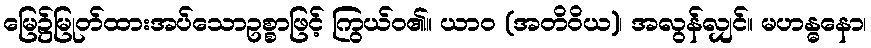
မြေ၌မြုတ်ထားအပ်သောဥစ္စာဖြင့် ကြွယ်ဝ၏။ ယာဝ (အတိဝိယ)၊ အလွန်လျှင်။ မဟန္ဓနော၊